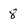
Character: 8